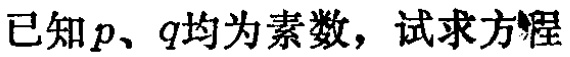
已知\(p、q\)均为素数，试求方程